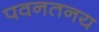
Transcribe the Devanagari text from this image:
पवनतनय